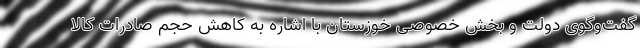
گفت‌وگوی دولت و بخش خصوصی خوزستان با اشاره به کاهش حجم صادرات کالا